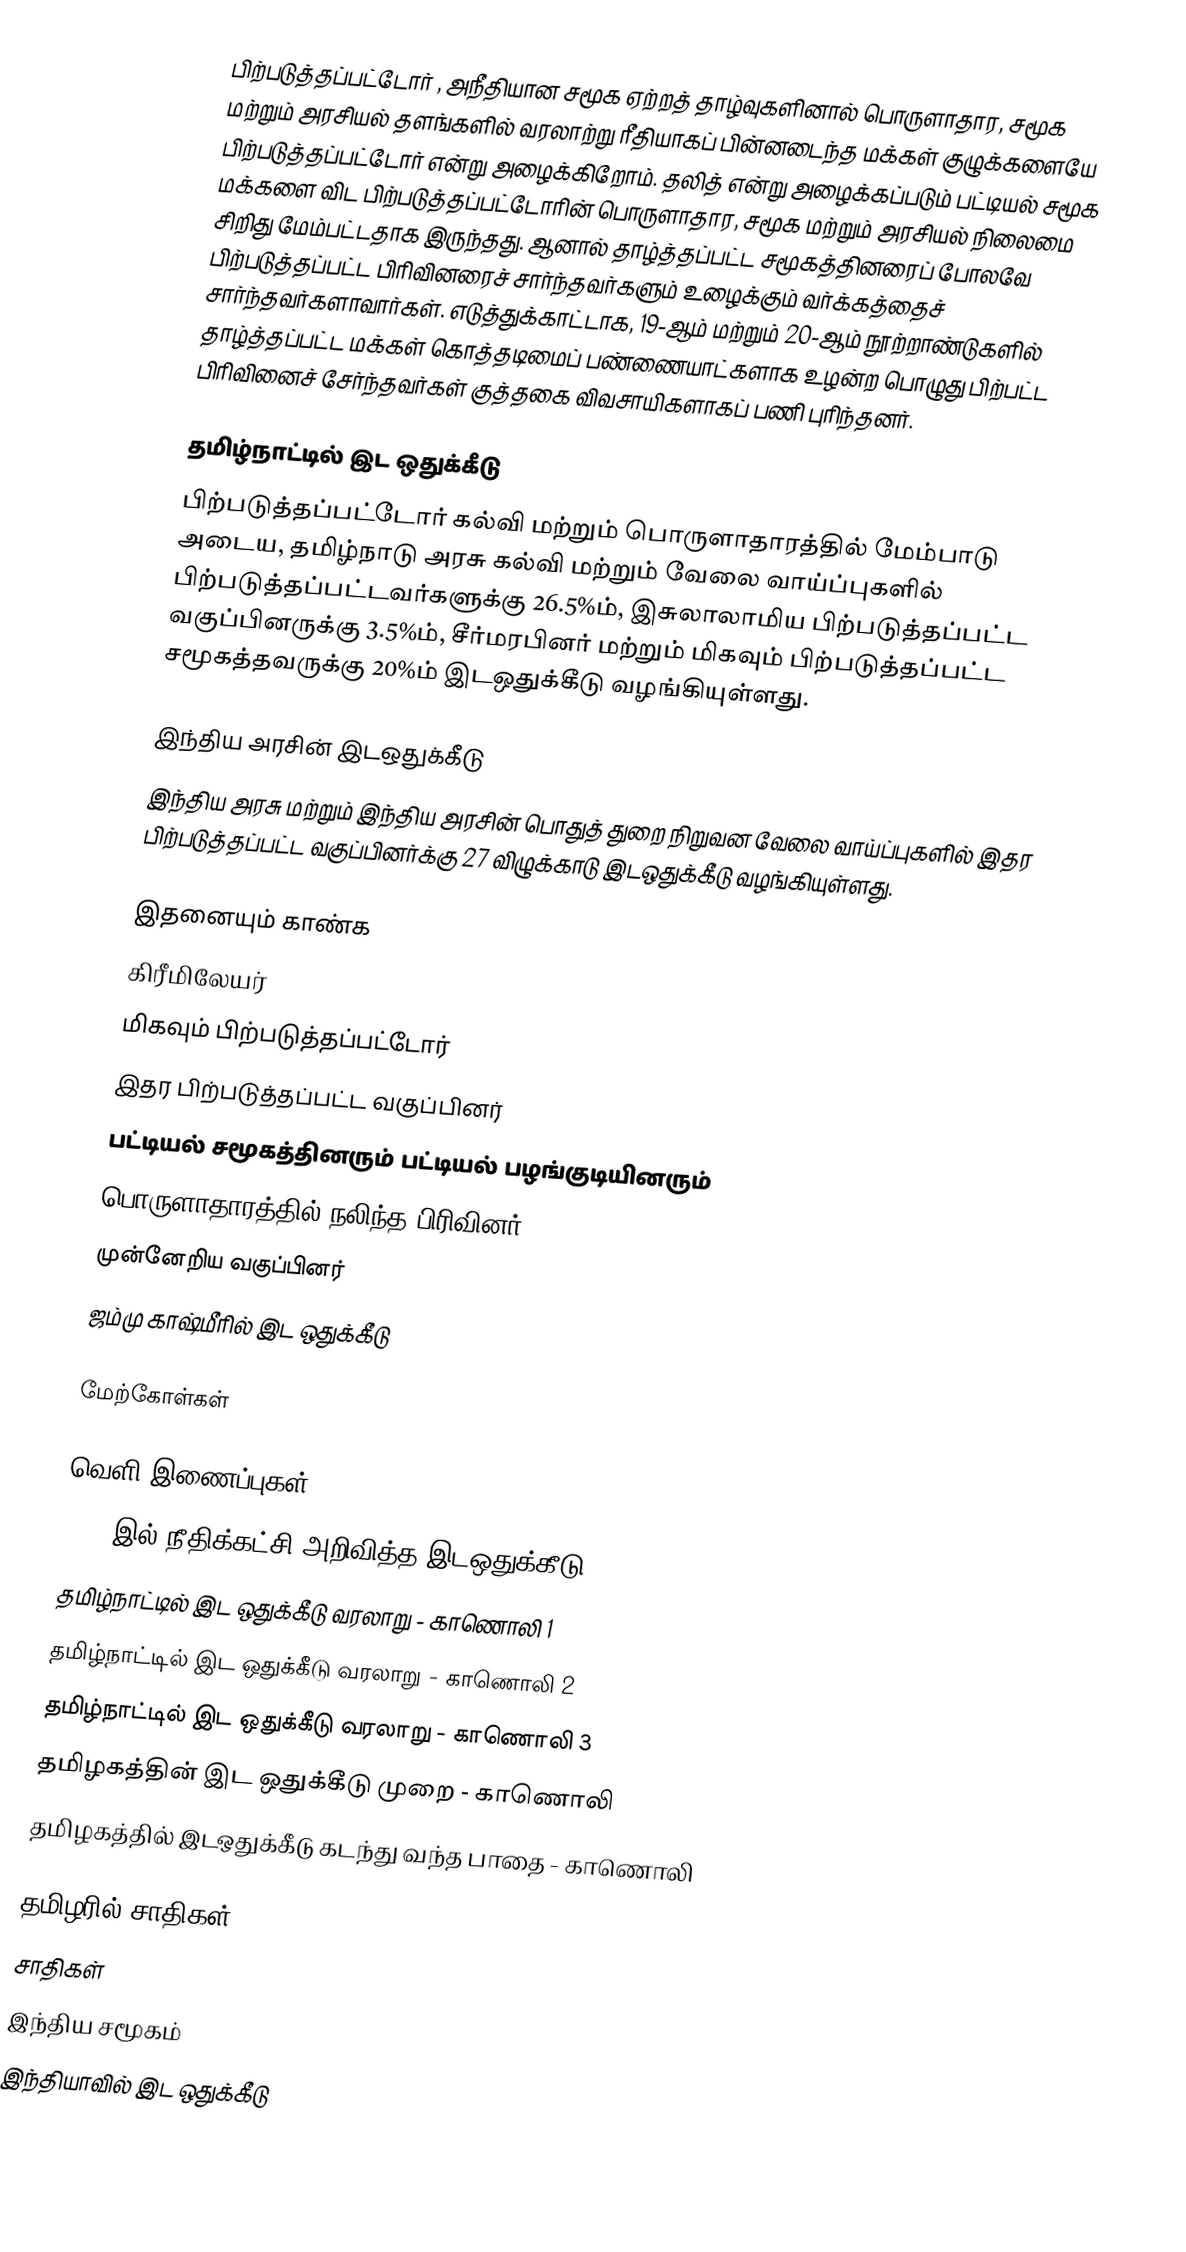
பிற்படுத்தப்பட்டோர் , அநீதியான சமூக ஏற்றத் தாழ்வுகளினால் பொருளாதார, சமூக மற்றும் அரசியல் தளங்களில் வரலாற்று ரீதியாகப் பின்னடைந்த மக்கள் குழுக்களையே பிற்படுத்தப்பட்டோர் என்று அழைக்கிறோம். தலித் என்று அழைக்கப்படும் பட்டியல் சமூக மக்களை விட பிற்படுத்தப்பட்டோரின் பொருளாதார, சமூக மற்றும் அரசியல் நிலைமை சிறிது மேம்பட்டதாக இருந்தது. ஆனால் தாழ்த்தப்பட்ட சமூகத்தினரைப் போலவே பிற்படுத்தப்பட்ட பிரிவினரைச் சார்ந்தவர்களும் உழைக்கும் வர்க்கத்தைச் சார்ந்தவர்களாவார்கள். எடுத்துக்காட்டாக, 19-ஆம் மற்றும் 20-ஆம் நூற்றாண்டுகளில் தாழ்த்தப்பட்ட மக்கள் கொத்தடிமைப் பண்ணையாட்களாக உழன்ற பொழுது பிற்பட்ட பிரிவினைச் சேர்ந்தவர்கள் குத்தகை விவசாயிகளாகப் பணி புரிந்தனர்.

தமிழ்நாட்டில் இட ஒதுக்கீடு
பிற்படுத்தப்பட்டோர் கல்வி மற்றும் பொருளாதாரத்தில் மேம்பாடு அடைய, தமிழ்நாடு அரசு கல்வி மற்றும் வேலை வாய்ப்புகளில் பிற்படுத்தப்பட்டவர்களுக்கு 26.5%ம், இசுலாலாமிய பிற்படுத்தப்பட்ட வகுப்பினருக்கு 3.5%ம், சீர்மரபினர் மற்றும் மிகவும் பிற்படுத்தப்பட்ட சமூகத்தவருக்கு 20%ம் இடஒதுக்கீடு வழங்கியுள்ளது.

இந்திய அரசின் இடஒதுக்கீடு
இந்திய அரசு மற்றும் இந்திய அரசின் பொதுத் துறை நிறுவன வேலை வாய்ப்புகளில்  இதர பிற்படுத்தப்பட்ட வகுப்பினர்க்கு  27 விழுக்காடு இடஒதுக்கீடு வழங்கியுள்ளது.

இதனையும் காண்க
 கிரீமிலேயர்
 மிகவும் பிற்படுத்தப்பட்டோர்
 இதர பிற்படுத்தப்பட்ட வகுப்பினர்
 பட்டியல் சமூகத்தினரும் பட்டியல் பழங்குடியினரும்
பொருளாதாரத்தில் நலிந்த பிரிவினர்
முன்னேறிய வகுப்பினர்
ஜம்மு காஷ்மீரில் இட ஒதுக்கீடு

மேற்கோள்கள்

வெளி இணைப்புகள்
 1921-இல் நீதிக்கட்சி அறிவித்த இடஒதுக்கீடு
 தமிழ்நாட்டில் இட ஒதுக்கீடு வரலாறு - காணொலி 1
  தமிழ்நாட்டில் இட ஒதுக்கீடு வரலாறு - காணொலி 2
  தமிழ்நாட்டில் இட ஒதுக்கீடு வரலாறு - காணொலி 3
  தமிழகத்தின் இட ஒதுக்கீடு முறை - காணொலி
  தமிழகத்தில் இடஒதுக்கீடு கடந்து வந்த பாதை - காணொலி

தமிழரில் சாதிகள்
சாதிகள்
இந்திய சமூகம்
இந்தியாவில் இட ஒதுக்கீடு